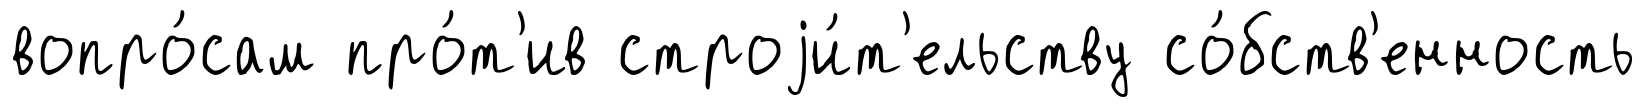
вопро́сам про́т'ив строjи́т'ельству со́бств'енность